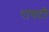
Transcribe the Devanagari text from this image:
रायटी